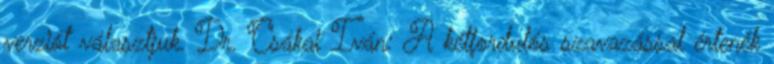
verziót választjuk. Dr. Csákai Iván: A kétfordulós szavazással értenék